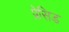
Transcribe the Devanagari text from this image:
प्रेसिड